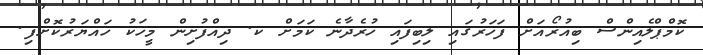
ކޮމްޕްލެއިންސް ބިއުރޯއަށް ފަހަރުގައި ލިބިފައި ހުރެދާނެ ކަމަށް ކ. ދިއްފުށިން މީހަކު ހައްޔަރުކޮށްފި.